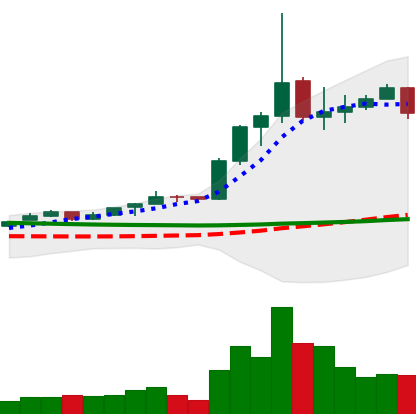
Ticker: ETC-USD
Chart end date: 2020-01-23
Forward return: 36.237%
Label: up_7plus